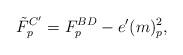
LaTeX: \begin{align*} \tilde{F}^{C'}_p = F^{BD}_p - e'(m)_p^2,\end{align*}